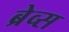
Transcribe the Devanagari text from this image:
ब्रेव्स